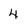
Character: 4